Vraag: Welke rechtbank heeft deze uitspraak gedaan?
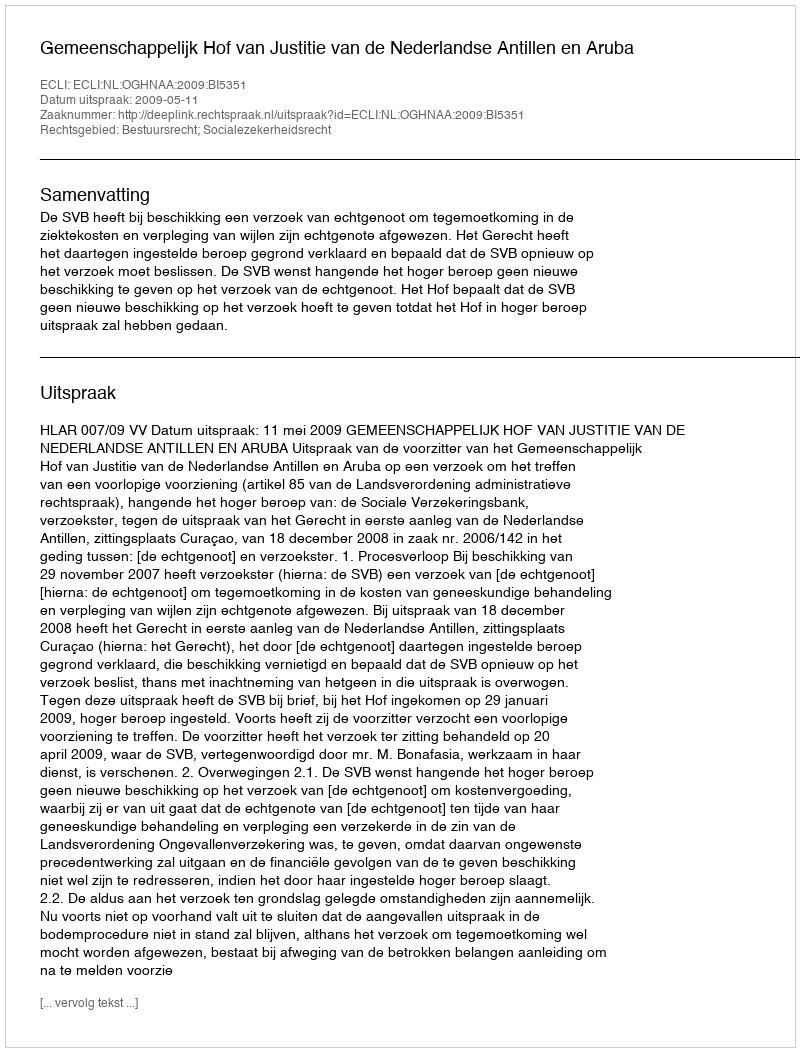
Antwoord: Gemeenschappelijk Hof van Justitie van de Nederlandse Antillen en Aruba